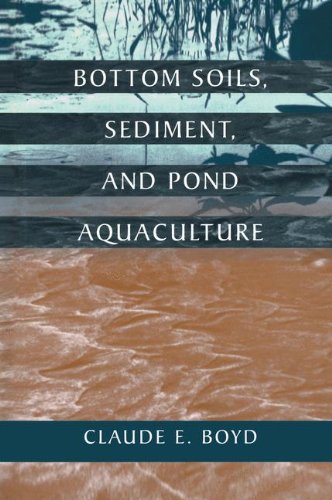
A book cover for Bottom Soils, Sediment, and Pond Aquaculture (Plant & Animal); Science & Math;